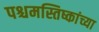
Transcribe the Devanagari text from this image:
पश्चमस्तिष्कांच्या